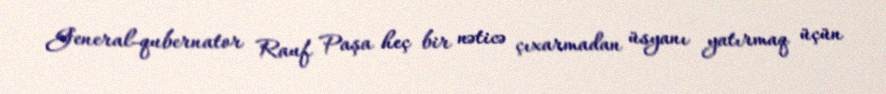
General-qubernator Rauf Paşa heç bir nəticə çıxarmadan üsyanı yatırmaq üçün